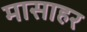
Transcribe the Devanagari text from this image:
मासाहर